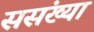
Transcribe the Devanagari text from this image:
ससंख्या